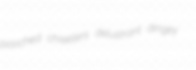
pooched chisellers delustrant dingey